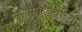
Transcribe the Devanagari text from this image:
सुखमाप्नुवन्ति